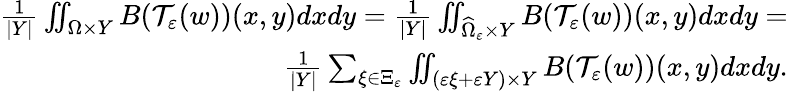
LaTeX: \begin{array}{r}{\frac{1}{|Y|}\iint_{\Omega\times Y}B(\mathcal T_{\varepsilon}(w))(x,y)dxdy=\frac{1}{|Y|}\iint_{\widehat\Omega_{\varepsilon}\times Y}B(\mathcal T_{\varepsilon}(w))(x,y)dxdy=}\\ {\frac{1}{|Y|}\sum_{\xi\in\Xi_{\varepsilon}}\iint_{(\varepsilon\xi+\varepsilon Y)\times Y}B(\mathcal T_{\varepsilon}(w))(x,y)dxdy.}\end{array}